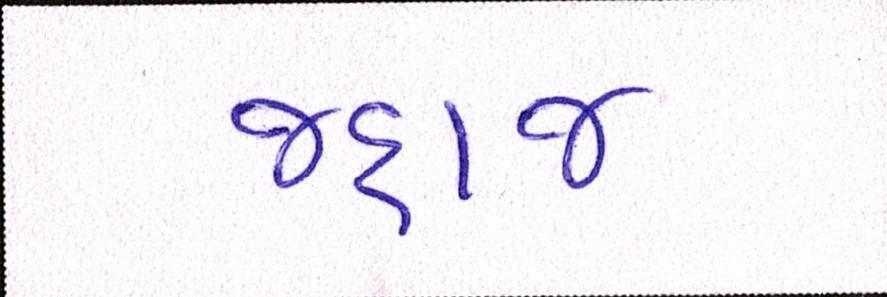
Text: જહાજ